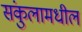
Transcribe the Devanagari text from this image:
संकुलामधील